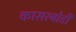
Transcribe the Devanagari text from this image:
कासरबोडी